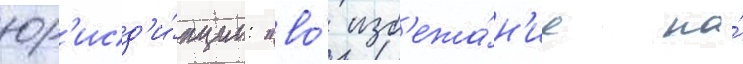
юр'исд'и́кции: "во́ изб'ежа́н'ие на́